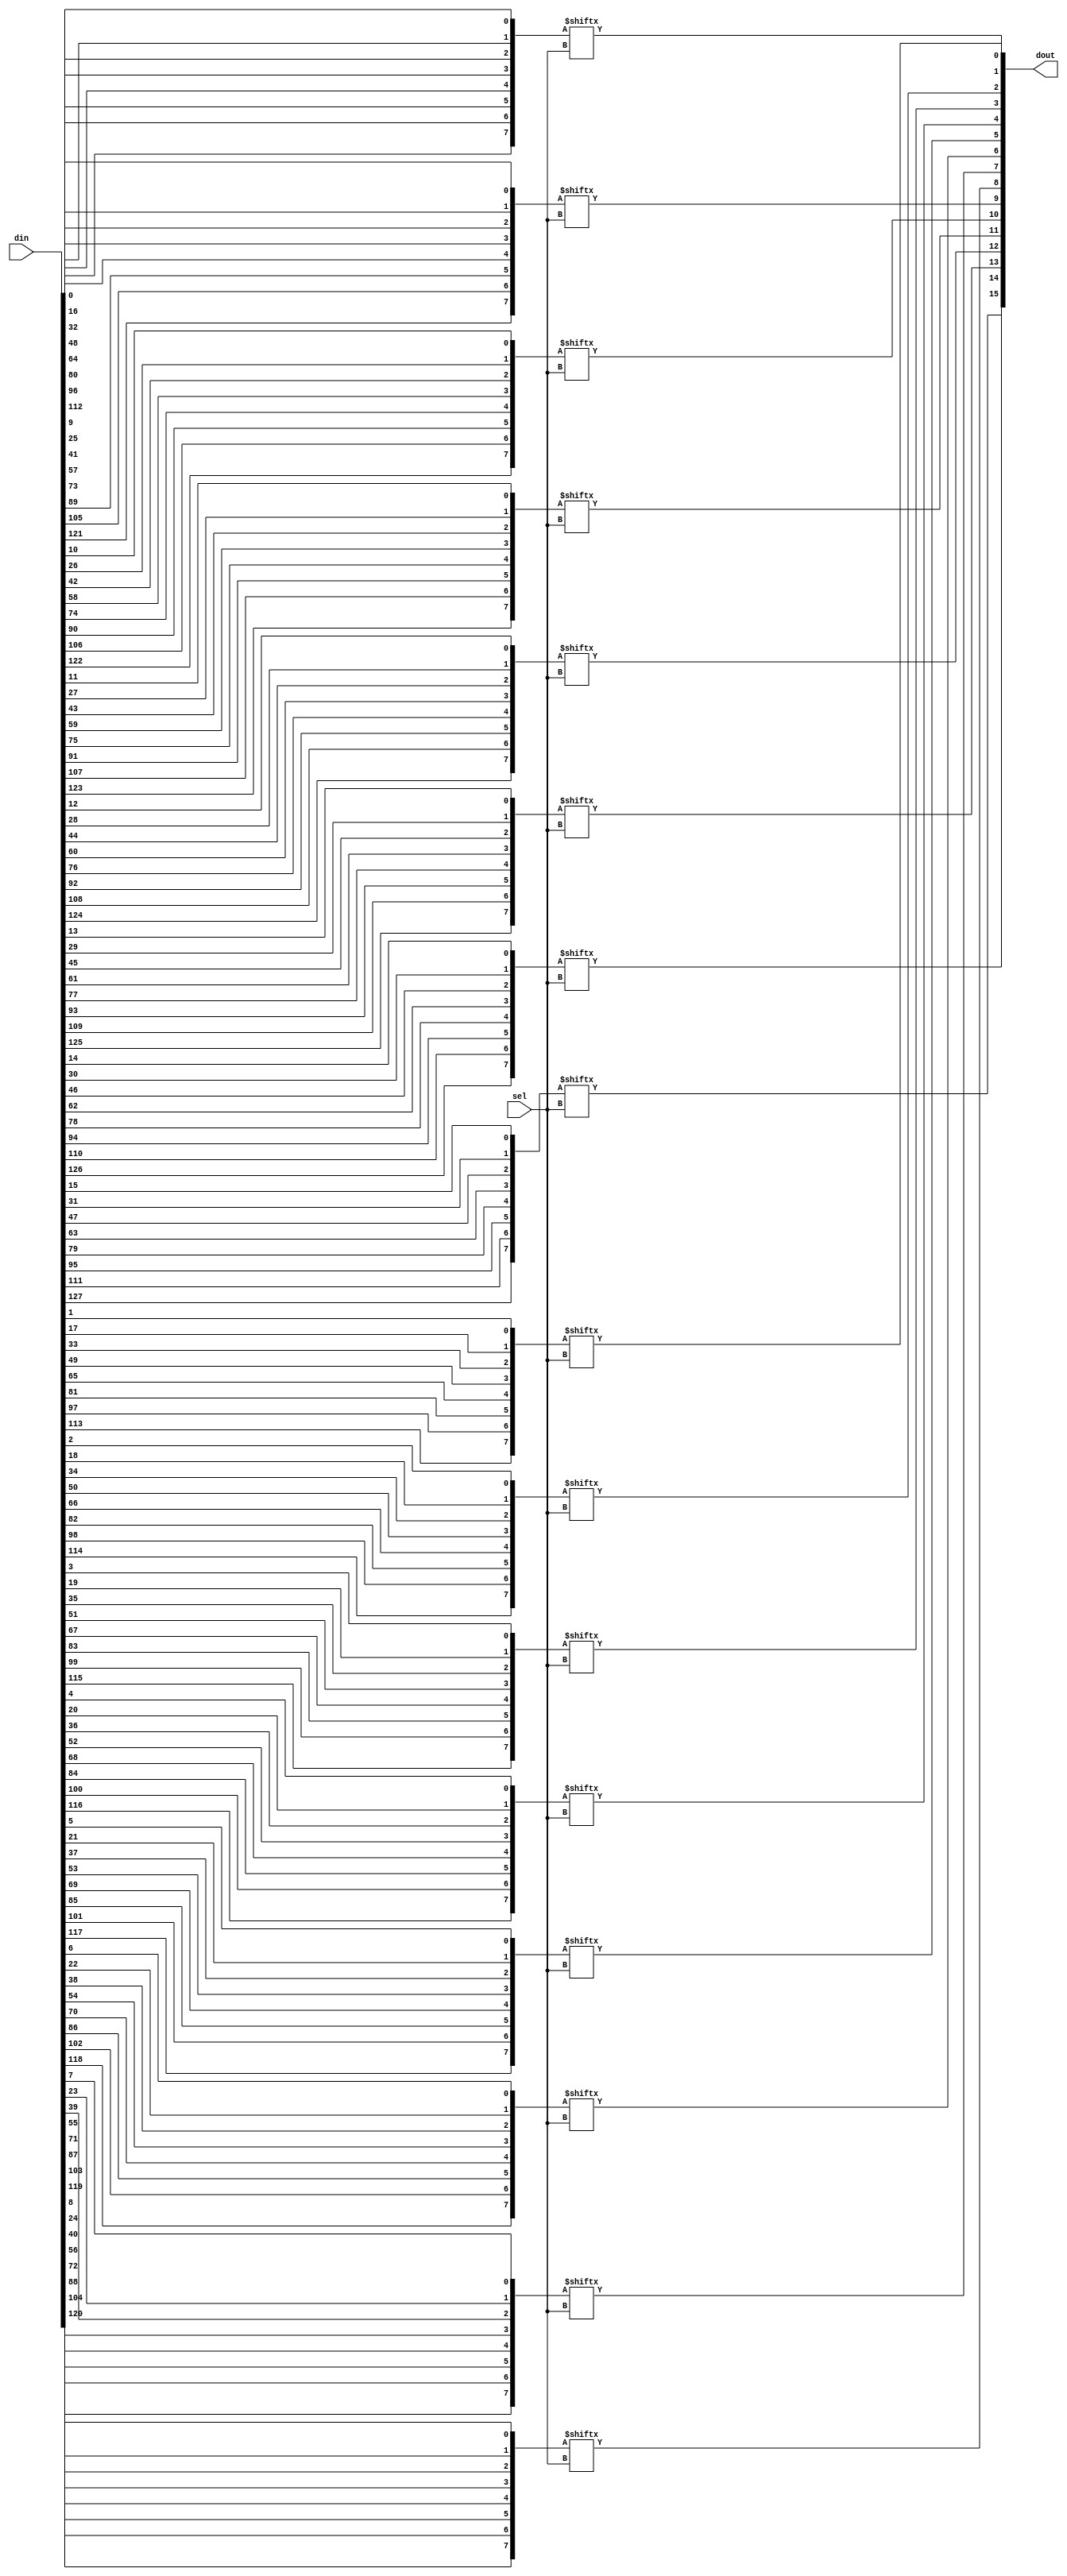
module bus_mux (din,sel,dout);

parameter DAT_WIDTH = 16;
parameter SEL_WIDTH = 3;
parameter TOTAL_DAT = DAT_WIDTH << SEL_WIDTH;
parameter NUM_WORDS = (1 << SEL_WIDTH);

input [TOTAL_DAT-1 : 0] din;
input [SEL_WIDTH-1:0] sel;
output [DAT_WIDTH-1:0] dout;

genvar i,k;
generate
	for (k=0;k<DAT_WIDTH;k=k+1)
	begin : out
		wire [NUM_WORDS-1:0] tmp;
		for (i=0;i<NUM_WORDS;i=i+1)
		begin : mx
			assign tmp [i] = din[k+i*DAT_WIDTH];
		end
		assign dout[k] = tmp[sel];
	end
endgenerate
endmodule